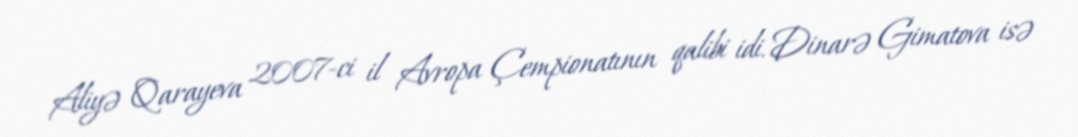
Aliyə Qarayeva 2007-ci il Avropa Çempionatının qalibi idi. Dinarə Gimatova isə